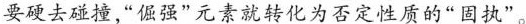
要硬去碰撞，“倔强”元素就转化为否定性质的“固执”。